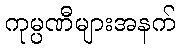
ကုမ္ပဏီများအနက်